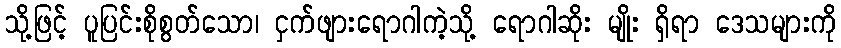
သို့ဖြင့် ပူပြင်းစိုစွတ်သော၊ ငှက်ဖျားရောဂါကဲ့သို့ ရောဂါဆိုး မျိုး ရှိရာ ဒေသများကို